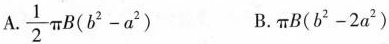
A.$$\frac { 1 } { 2 } π B ( b ^ { 2 } - a ^ { 2 } )$$ B.$$π B ( b ^ { 2 } - 2 a ^ { 2 } )$$